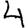
Digit: 4